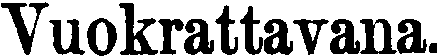
Vuokrattavana.